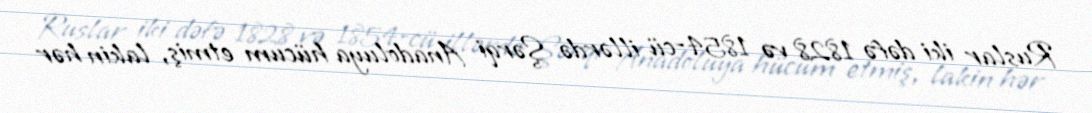
Ruslar iki dəfə 1828 və 1854-cü illərdə Şərqi Anadoluya hücum etmiş, lakin hər